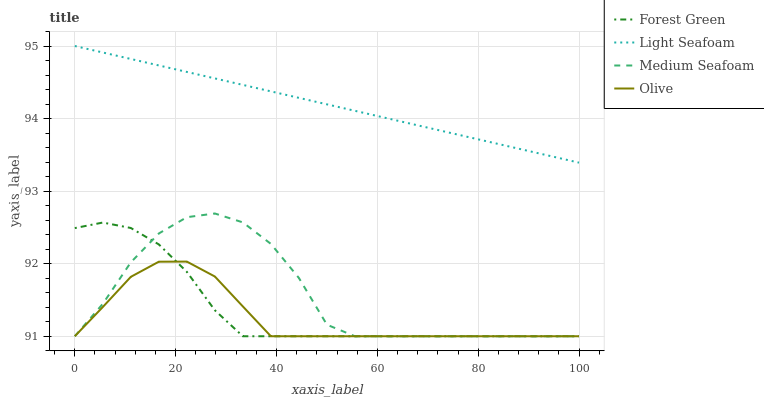
| xaxis_label | Forest Green | Light Seafoam | Medium Seafoam | Olive |
 | --- | --- | --- | --- | --- |
 | 0 | 92.5 | 95 | 91 | 91 |
 | 5.56 | 92.6 | 94.9 | 91.4 | 91.4 |
 | 11.1 | 92.5 | 94.8 | 92 | 91.8 |
 | 16.7 | 92.3 | 94.7 | 92.4 | 92 |
 | 22.2 | 91.9 | 94.6 | 92.6 | 92 |
 | 27.8 | 91.4 | 94.6 | 92.7 | 91.8 |
 | 33.3 | 91 | 94.5 | 92.6 | 91.4 |
 | 38.9 | 91 | 94.4 | 92.3 | 91 |
 | 44.4 | 91 | 94.3 | 91.8 | 91 |
 | 50 | 91 | 94.2 | 91.2 | 91 |
 | 55.6 | 91 | 94.1 | 91 | 91 |
 | 61.1 | 91 | 94 | 91 | 91 |
 | 66.7 | 91 | 93.9 | 91 | 91 |
 | 72.2 | 91 | 93.8 | 91 | 91 |
 | 77.8 | 91 | 93.7 | 91 | 91 |
 | 83.3 | 91 | 93.7 | 91 | 91 |
 | 88.9 | 91 | 93.6 | 91 | 91 |
 | 94.4 | 91 | 93.5 | 91 | 91 |
 | 100 | 91 | 93.4 | 91 | 91 |